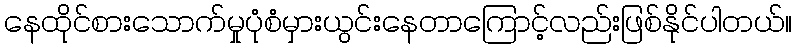
နေထိုင်စားသောက်မှုပုံစံမှားယွင်းနေတာကြောင့်လည်းဖြစ်နိုင်ပါတယ်။